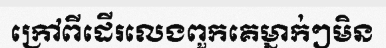
ក្រៅពីដើរលេងពួកគេម្នាក់ៗមិន